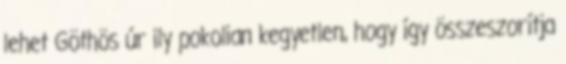
lehet Göthös úr ily pokolian kegyetlen, hogy így összeszorítja